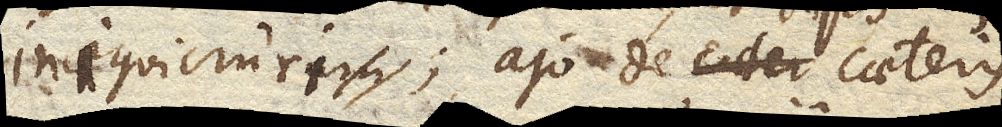
iniquicruri; ajo de caeteris